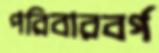
পরিবারবর্গ